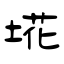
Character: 埖